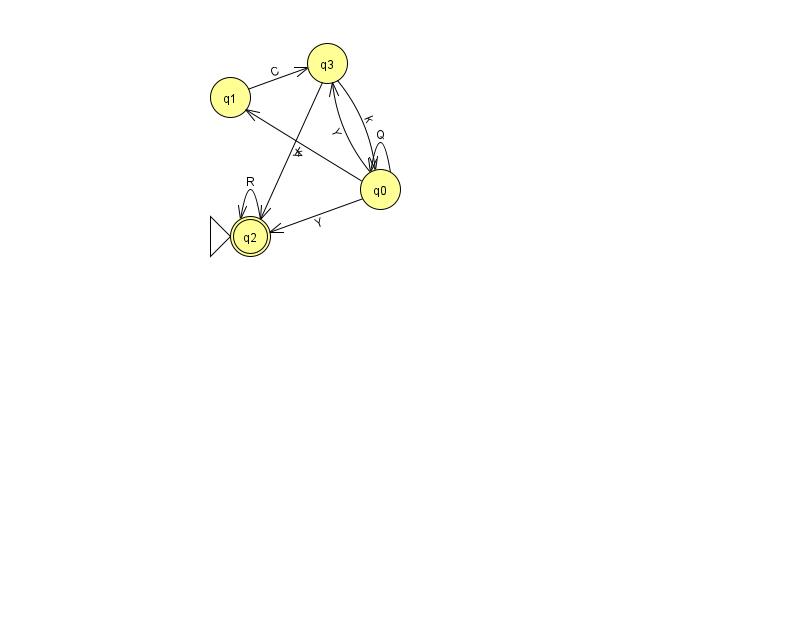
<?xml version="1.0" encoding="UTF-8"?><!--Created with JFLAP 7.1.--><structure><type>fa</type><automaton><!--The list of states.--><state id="0" name="q0"><x>380.0</x><y>176.0</y></state><state id="1" name="q1"><x>230.0</x><y>84.0</y></state><state id="2" name="q2"><x>250.0</x><y>223.0</y><initial/><final/></state><state id="3" name="q3"><x>327.0</x><y>50.0</y></state><!--The list of transitions.--><transition><from>3</from><to>0</to><read>k</read></transition><transition><from>0</from><to>0</to><read>Q</read></transition><transition><from>0</from><to>3</to><read>Y</read></transition><transition><from>2</from><to>2</to><read>R</read></transition><transition><from>0</from><to>2</to><read>Y</read></transition><transition><from>3</from><to>2</to><read>V</read></transition><transition><from>1</from><to>3</to><read>C</read></transition><transition><from>0</from><to>1</to><read>k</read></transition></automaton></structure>